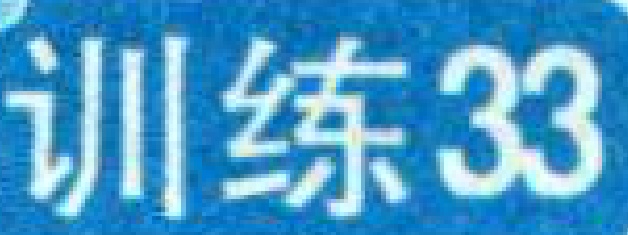
训练33